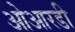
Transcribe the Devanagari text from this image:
ओआरडी